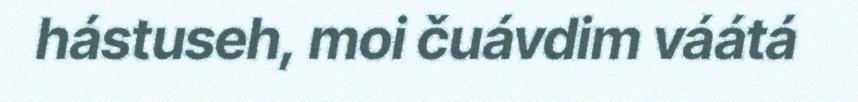
hástuseh, moi čuávdim váátá